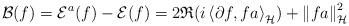
LaTeX: \begin{align*}\mathcal{B}(f)=\mathcal{E}^a(f)-\mathcal{E}(f)=2\mathfrak{R}(i\left\langle \partial f, fa\right\rangle_\mathcal{H})+\left\|fa\right\|_\mathcal{H}^2\end{align*}